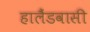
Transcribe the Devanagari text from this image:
हालैंडवासी